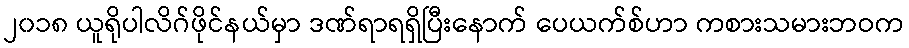
၂၀၁၈ ယူရိုပါလိဂ်ဖိုင်နယ်မှာ ဒဏ်ရာရရှိပြီးနောက် ပေယက်စ်ဟာ ကစားသမားဘဝက